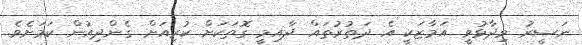
ނަސީރު ވިދާޅުވީ އަމާޒަކީ އެ ދަތުރުތައް ދާއިމީ ގޮތަކަށް ކުރިއަށް ގެންދިއުން ކަމަށެވެ.